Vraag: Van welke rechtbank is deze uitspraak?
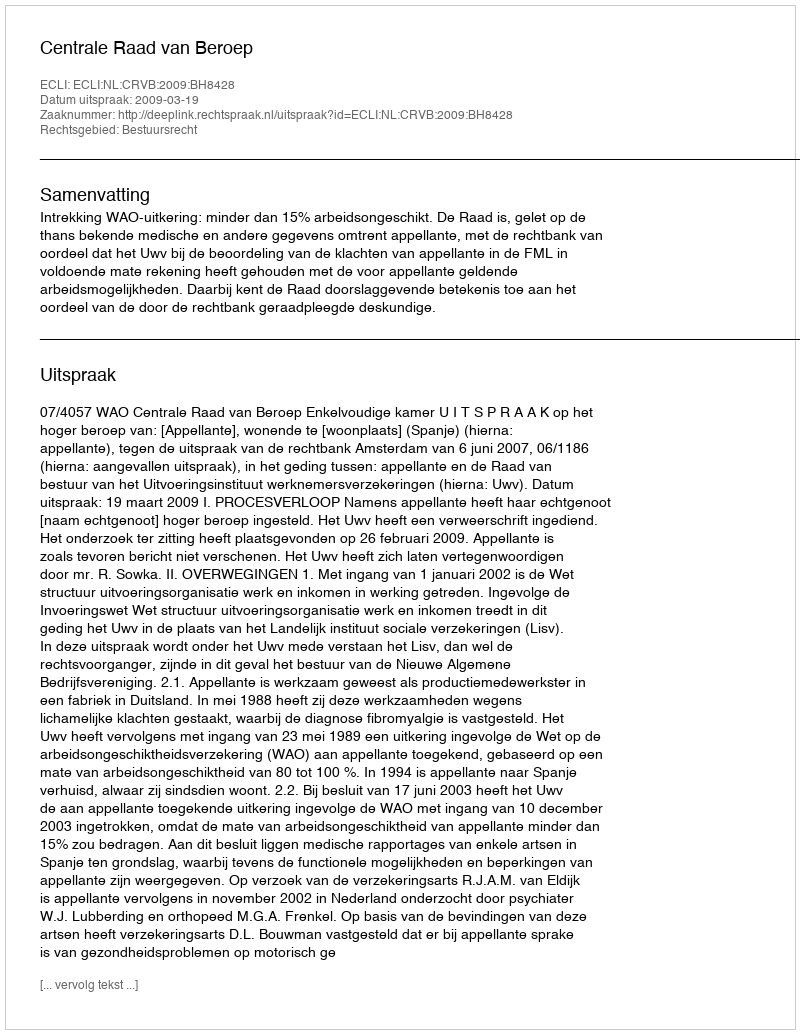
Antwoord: Centrale Raad van Beroep